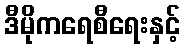
ဒီမိုကရေစီရေးနှင့်